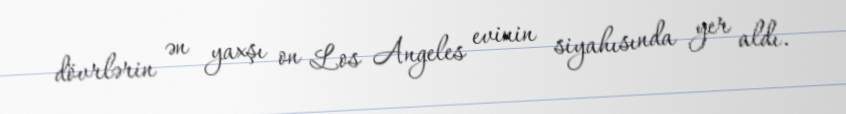
dövrlərin ən yaxşı on Los Angeles evinin siyahısında yer aldı.